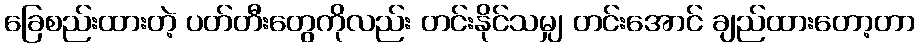
ခြေစည်းထားတဲ့ ပတ်တီးတွေကိုလည်း တင်းနိုင်သမျှ တင်းအောင် ချည်ထားတော့တာ